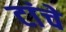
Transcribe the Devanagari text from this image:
टांचे